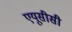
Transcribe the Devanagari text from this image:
एयूसीसी